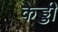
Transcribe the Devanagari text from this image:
केड्डी